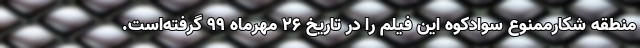
منطقه شکارممنوع سوادکوه این فیلم را در تاریخ ۲۶ مهرماه ۹۹ گرفته‌است.